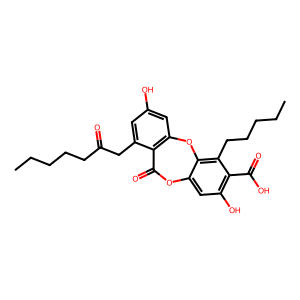
SMILES: CCCCCC(=O)Cc1cc(O)cc2c1C(=O)Oc1cc(O)c(C(=O)O)c(CCCCC)c1O2
Inhibits HIV replication: No